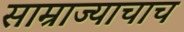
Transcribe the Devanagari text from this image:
साम्राज्याचाच